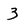
Character: 3